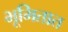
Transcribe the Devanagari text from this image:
भूमितात